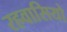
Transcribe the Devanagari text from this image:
रहवासियो